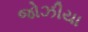
જોઝીયા